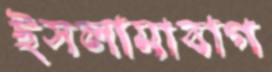
ইসলামাবাগ